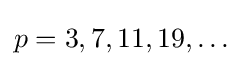
p=3,7,11,19,\ldots